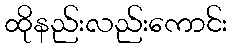
ထိုနည်းလည်းကောင်း